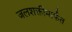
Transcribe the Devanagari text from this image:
जलशक्तीमार्फत